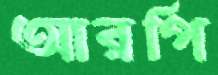
আরপি